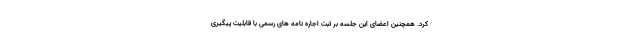
کرد. همچنین اعضای این جلسه بر ثبت اجاره نامه های رسمی با قابلیت پیگیری